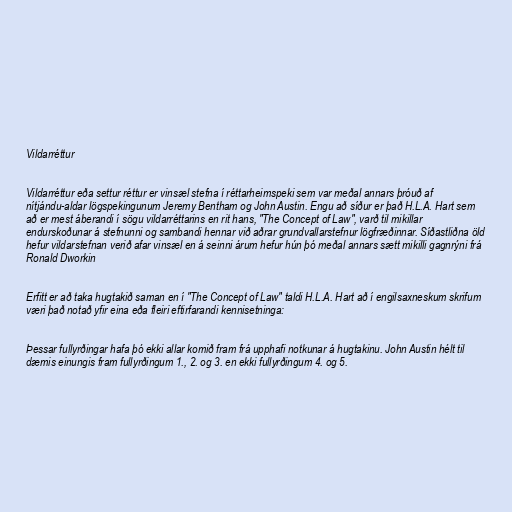
Vildarréttur

Vildarréttur eða settur réttur er vinsæl stefna í réttarheimspeki sem var meðal annars þróuð af
nítjándu-aldar lögspekingunum Jeremy Bentham og John Austin. Engu að síður er það H.L.A. Hart sem
að er mest áberandi í sögu vildarréttarins en rit hans, "The Concept of Law", varð til mikillar
endurskoðunar á stefnunni og sambandi hennar við aðrar grundvallarstefnur lögfræðinnar. Síðastliðna öld
hefur vildarstefnan verið afar vinsæl en á seinni árum hefur hún þó meðal annars sætt mikilli gagnrýni frá
Ronald Dworkin

Erfitt er að taka hugtakið saman en í "The Concept of Law" taldi H.L.A. Hart að í engilsaxneskum skrifum
væri það notað yfir eina eða fleiri eftirfarandi kennisetninga:

Þessar fullyrðingar hafa þó ekki allar komið fram frá upphafi notkunar á hugtakinu. John Austin hélt til
dæmis einungis fram fullyrðingum 1., 2. og 3. en ekki fullyrðingum 4. og 5.